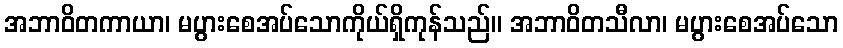
အဘာဝိတကာယာ၊ မပွားစေအပ်သောကိုယ်ရှိကုန်သည်။ အဘာဝိတသီလာ၊ မပွားစေအပ်သော